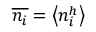
\overline { { n _ { i } } } = \left< n _ { i } ^ { h } \right>